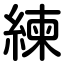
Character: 練